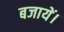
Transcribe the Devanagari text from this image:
बजायें।